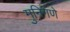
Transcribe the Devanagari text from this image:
मुनिगणे